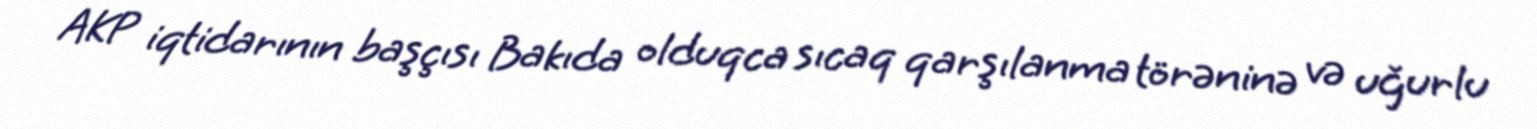
AKP iqtidarının başçısı Bakıda olduqca sıcaq qarşılanma törəninə və uğurlu